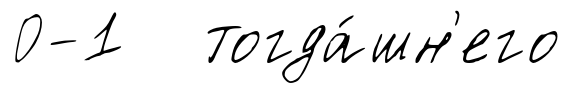
0-1 тогда́шн'его